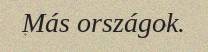
Más országok.